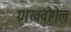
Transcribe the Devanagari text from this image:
ग्राखवोगेल